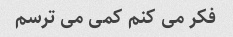
فکر می کنم کمی می ترسم